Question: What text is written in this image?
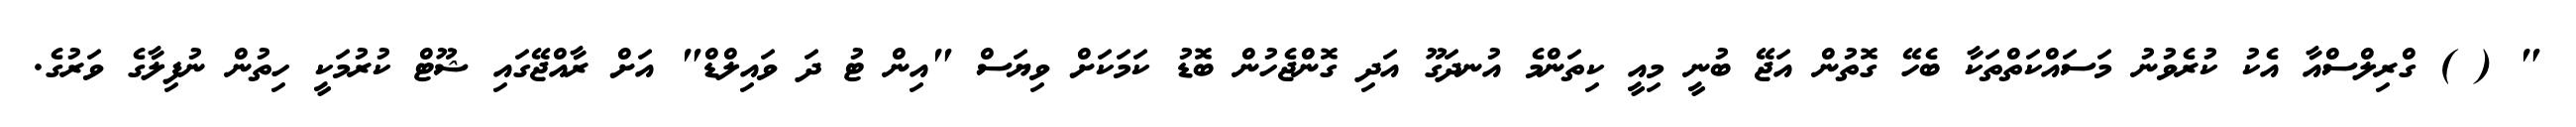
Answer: " ( ) ގްރިލްސްއާ އެކު ކުރެވުނު މަސައްކަތްތަކާ ބެހޭ ގޮތުން އަޖޭ ބުނީ މިއީ ކިތަންމެ އުނދަގޫ އަދި ގޮންޖެހުން ބޮޑު ކަމަކަށް ވިޔަސް "އިން ޓު ދަ ވައިލްޑް" އަށް ރާއްޖޭގައި ޝޫޓް ކުރުމަކީ ހިތުން ނުފިލާގެ ވަރުގެ.